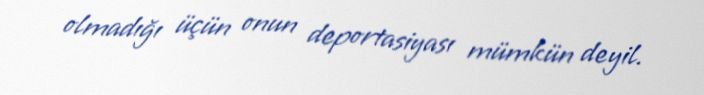
olmadığı üçün onun deportasiyası mümkün deyil.